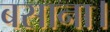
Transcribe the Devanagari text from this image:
बसाना।